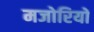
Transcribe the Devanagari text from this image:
मजोरियों